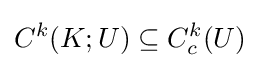
C^{k}(K;U)\subseteq C_{c}^{k}(U)